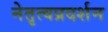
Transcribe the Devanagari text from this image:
नेतृत्वप्रदर्शन